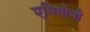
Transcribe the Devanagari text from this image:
एमियोबी